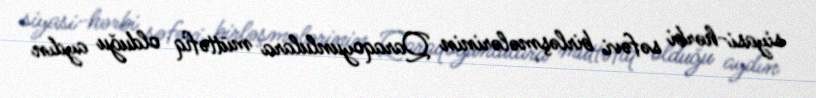
siyasi-hərbi səfəvi birləşmələrinin Qaraqoyunlulara müttəfiq olduğu aydın